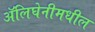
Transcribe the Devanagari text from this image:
ॲलिघेनीमधील